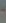
-